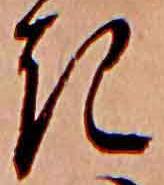
き